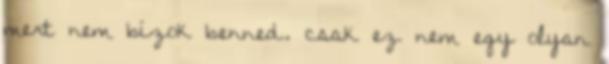
mert nem bízok benned. csak ez nem egy olyan